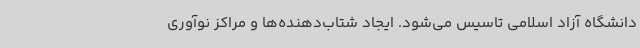
دانشگاه آزاد اسلامی تاسیس می‌شود. ایجاد شتاب‌دهنده‌ها و مراکز نوآوری